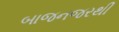
બાજનજરથી